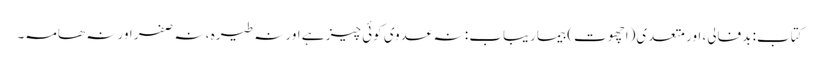
کتاب: بدفالی، اور متعدی(اچھوت) بیماریباب : نہ عدوی کوئی چیز ہے اور نہ طیرہ ، نہ صفر اور نہ ھامہ۔